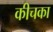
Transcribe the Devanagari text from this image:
कीचका